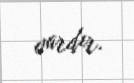
vardır.